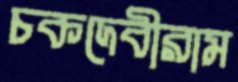
চকদেবীরাম